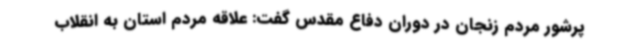
پرشور مردم زنجان در دوران دفاع مقدس گفت: علاقه مردم استان به انقلاب